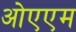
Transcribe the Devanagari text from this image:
ओएएम